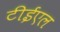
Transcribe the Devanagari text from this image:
टीईएल